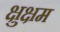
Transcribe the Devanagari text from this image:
क्षुक्षम